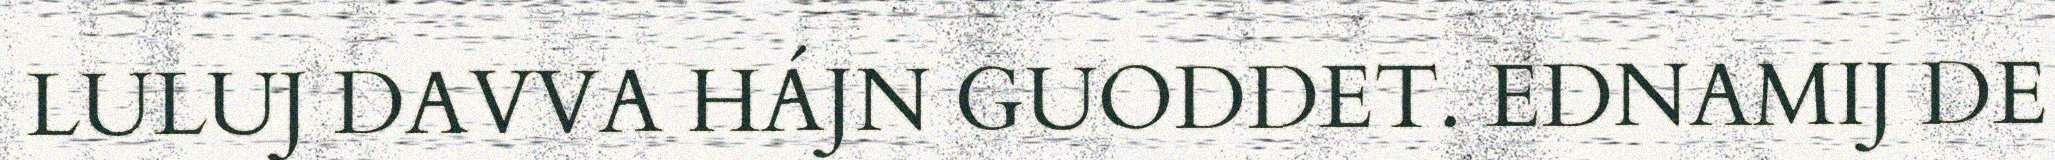
LULUJ DAVVA HÁJN GUODDET. EDNAMIJ DE